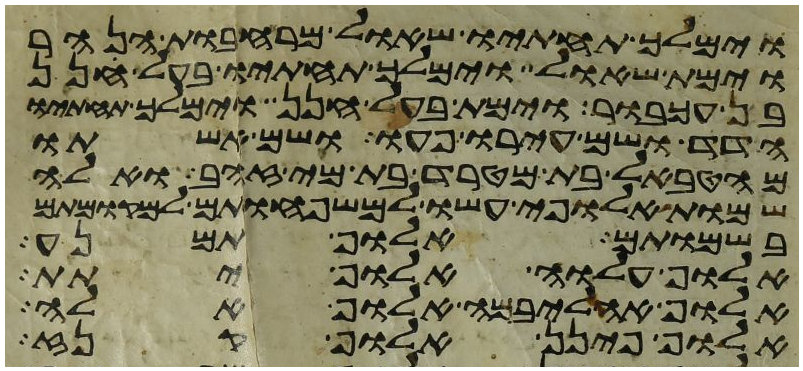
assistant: וימלך תחתיו שאול מרחבות הנהר
וימת שאול וימלך תחתיו בעל חנן
בן עכבור וימת בעל חנן וימלך תחתיו
הדד ושם עירו פעו ושם אשתו
מהטבאל בת מטרד בת מי זהב ואלה
שמות אלופי עשו למשפחותם למקומותם
בשמותם אלוף תמנע
אלוף עלוה אלוף יתת
אלוף אהליבמה אלוף אלה
אלוף פינן אלוף קנז